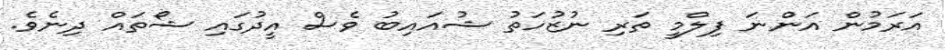
އަރަމުން އަންނަ ފިލްމީ ތަރި ނުޒުހަތު ޝުއައިބު ވެސް އީދުގައި ޝޯތައް ދިނެވެ.